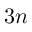
3 n